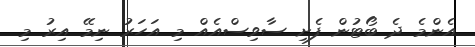
އެންމެ ދެ ބޯޓުން ފެށި ސާވިސްއެއް މި އަހަރު ނިމޭ އިރު މި